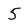
Character: 5